Vaccine operations Central Provinces 1886-1899 - 1886-1899
Year: 1886
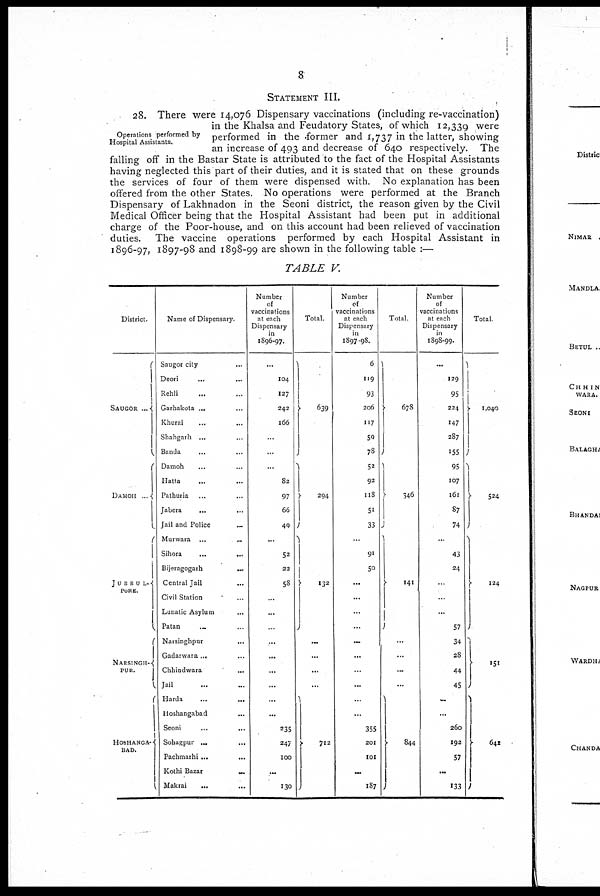
8
STATEMENT III.
Operations performed by
Hospital Assistants.
28. There were 14,076 Dispensary vaccinations (including re-vaccination)
in the Khalsa and Feudatory States, of which 12,339 were
performed in the former and 1,737 in the latter, showing
an increase of 493 and decrease of 640 respectively. The
falling off in the Bastar State is attributed to the fact of the Hospital Assistants
having neglected this part of their duties, and it is stated that on these grounds
the services of four of them were dispensed with. No explanation has been
offered from the other States. No operations were performed at the Branch
Dispensary of Lakhnadon in the Seoni district, the reason given by the Civil
Medical Officer being that the Hospital Assistant had been put in additional
charge of the Poor-house, and on this account had been relieved of vaccination
duties. The vaccine operations performed by each Hospital Assistant in
1896-97, 1897-98 and 1898-99 are shown in the following table :—
TABLE V.
District.
SAUGOR...
DAMOH ...
JUBBUL-
PORE.
NARSINGH-
PUR.
HOSHANGA-
BAD.
Name of Dispensary.
Saugor city ...
Deori ... ...
Rehh ... ...
Garhakota ... ...
Khurai ... ...
Shahgarh ... ...
Banda ... ...
Damoh ... ...
Hatta ... ...
Pathuna ... ...
Jabera ... ...
Jail and Police ...
Murwara ... ...
Sihora
...
...
Bijeragogarh
...
Central Jail ...
Civil Station ...
Lunatic Asylum ...
Patan ... ...
Narsinghpur ... ...
Gadarwara ... ...
Chhindwara ...
Jail ... ...
Harda
...
...
Hoshangabad ...
Seoni
...
...
Sohagpur ... ...
Pachmarhi
...
...
Kothi Bazar
...
Makrai ... ...
Number
of
vaccinations
at each
Dispensary
in
1896-97.
...
104
127
242
166
...
...
...
82
97
66
49
...
52
22
58
...
...
...
...
...
...
...
...
...
235
247
100
...
130
Total.
639
294
132
...
...
...
...
712
Number
of
vaccinations
at each
Dispensary
in
1897-98.
6
119
93
206
117
59
78
52
92
118
51
33
...
91
50
...
...
...
...
...
...
...
...
...
...
355
201
101
...
187
Total
678
646
141
...
...
...
...
844
Number
of
vaccinations
at each
Dispensary
in
1898-99.
...
129
95
224
147
287
155
95
107
161
87
74
...
43
24
...
...
...
57
34
28
44
45
...
...
260
192
57
...
133
Total
1,040
524
124
151
642